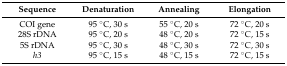
<table><thead><tr><td><b>Sequence</b></td><td><b>Denaturation</b></td><td><b>Annealing</b></td><td><b>Elongation</b></td></tr></thead><tbody><tr><td>COI gene</td><td>95 °C, 30 s</td><td>55 °C, 20 s</td><td>72 °C, 20 s</td></tr><tr><td>28S rDNA</td><td>95 °C, 20 s</td><td>48 °C, 20 s</td><td>72 °C, 15 s</td></tr><tr><td>5S rDNA</td><td>95 °C, 30 s</td><td>48 °C, 30 s</td><td>72 °C, 30 s</td></tr><tr><td><i>h3</i></td><td>95 °C, 15 s</td><td>48 °C, 15 s</td><td>72 °C, 15 s</td></tr></tbody></table>